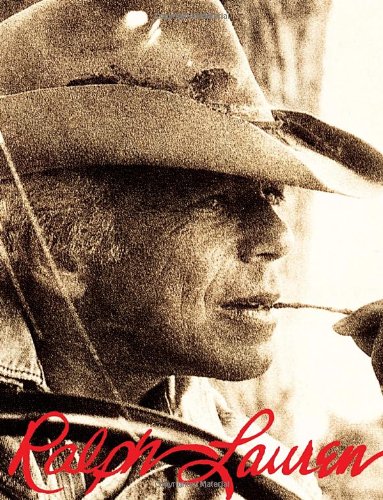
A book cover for Ralph Lauren; Ralph Lauren; Arts & Photography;